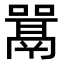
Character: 𫬋